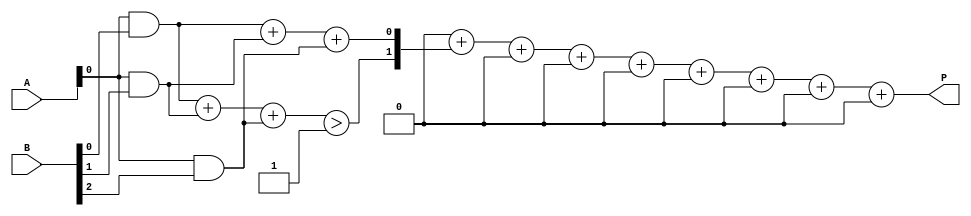
module dadda_multiplier #(parameter A_WIDTH = 4, B_WIDTH = 4) (
    input [A_WIDTH-1:0] A,
    input [B_WIDTH-1:0] B,
    output reg [A_WIDTH + B_WIDTH - 1:0] P
);
    // Partial product array
    wire [A_WIDTH-1:0] pp [B_WIDTH-1:0];

    // Generate partial products
    genvar i, j;
    generate
        for (i = 0; i < B_WIDTH; i = i + 1) begin : pp_gen
            assign pp[i] = A & {A_WIDTH{B[i]}};
        end
    endgenerate

    // Reduction tree
    wire [A_WIDTH + B_WIDTH - 1:0] sum [0:2*A_WIDTH-1];
    wire [A_WIDTH + B_WIDTH - 1:0] carry [0:2*A_WIDTH-1];

    // 3:2 Compressor
    function [1:0] compressor_3_2(input [2:0] in);
        begin
            compressor_3_2 = {in[2] + in[1] + in[0] > 1, in[2] + in[1] + in[0]};
        end
    endfunction

    // 2:2 Compressor
    function [1:0] compressor_2_2(input [1:0] in);
        begin
            compressor_2_2 = {in[1], in[0]};
        end
    endfunction

    // Reduction process
    integer row, col;
    always @(*) begin
        // Initialize sum and carry
        for (row = 0; row < A_WIDTH + B_WIDTH; row = row + 1) begin
            sum[row] = 0;
            carry[row] = 0;
        end

        // First stage: apply 3:2 compressors
        for (col = 0; col < B_WIDTH; col = col + 1) begin
            for (row = 0; row < A_WIDTH; row = row + 1) begin
                if (col + row < A_WIDTH + B_WIDTH) begin
                    {carry[col + row], sum[col + row]} = compressor_3_2({pp[col][row], pp[col + 1][row], pp[col + 2][row]});
                end
            end
        end

        // Second stage: apply 2:2 compressors
        for (row = 0; row < A_WIDTH + B_WIDTH; row = row + 1) begin
            {carry[row + 1], sum[row + 1]} = compressor_2_2({sum[row], carry[row]});
        end

        // Final addition
        P = 0;
        for (row = 0; row < A_WIDTH + B_WIDTH; row = row + 1) begin
            P = P + (sum[row] << row);
        end
    end
endmodule